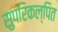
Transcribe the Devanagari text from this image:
सुपरिकल्पित